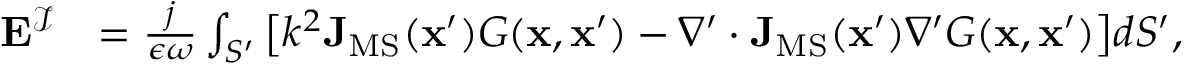
\begin{array} { r l } { \mathbf { E } ^ { \mathcal { I } } } & { = \frac { j } { \epsilon \omega } \int _ { S ^ { \prime } } \big [ k ^ { 2 } \mathbf { J } _ { \mathrm { M S } } ( \mathbf { x } ^ { \prime } ) G ( \mathbf { x } , \mathbf { x } ^ { \prime } ) - \nabla ^ { \prime } \cdot \mathbf { J } _ { \mathrm { M S } } ( \mathbf { x } ^ { \prime } ) \nabla ^ { \prime } G ( \mathbf { x } , \mathbf { x } ^ { \prime } ) \big ] d S ^ { \prime } , } \end{array}